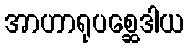
အာဟာရုပစ္ဆေဒါယ